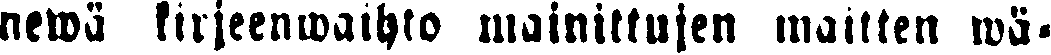
newä kirjeenwaihto mainittujen maitten wä-